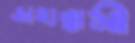
জাহান্নামী